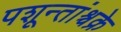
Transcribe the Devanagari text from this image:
पशून्तांश्चक्रे